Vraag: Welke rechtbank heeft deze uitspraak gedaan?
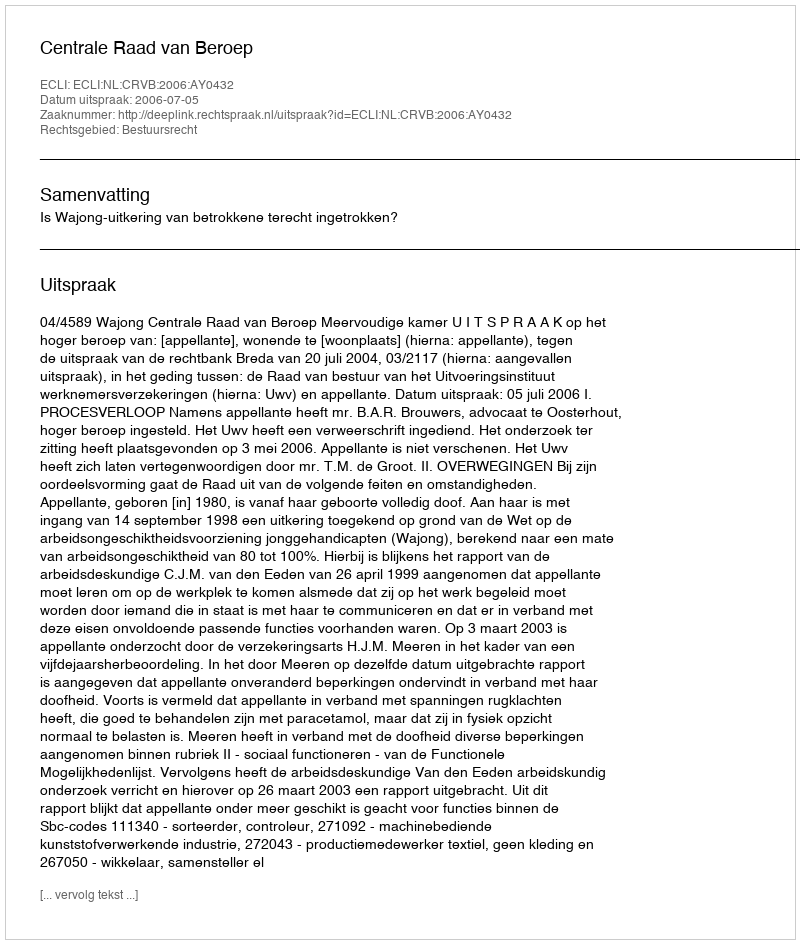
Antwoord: Centrale Raad van Beroep